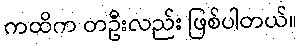
ကထိက တဦးလည်း ဖြစ်ပါတယ်။